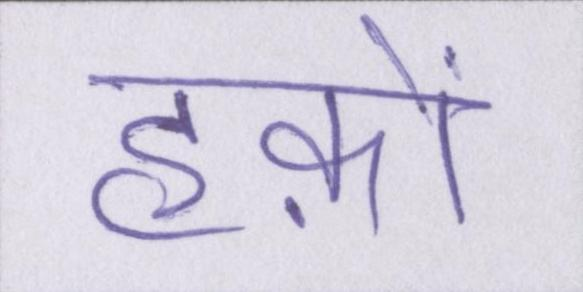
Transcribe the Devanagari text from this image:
हक़ों